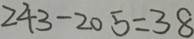
2 4 3 - 2 0 5 = 3 8